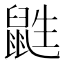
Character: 鼪